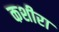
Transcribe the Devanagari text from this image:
कशीरा